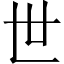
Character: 世